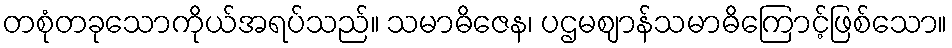
တစုံတခုသောကိုယ်အရပ်သည်။ သမာဓိဇေန၊ ပဌမဈာန်သမာဓိကြောင့်ဖြစ်သော။